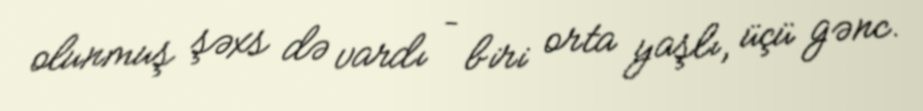
olunmuş şəxs də vardı – biri orta yaşlı, üçü gənc.